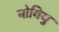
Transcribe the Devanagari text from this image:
नोवियु